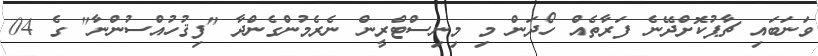
ވަނަބައި ޗާޕުކޮށްދޭނެ ފަރާތެއް ހޯދަން މި މިނިސްޓްރީން ނެރެމުންގެންދާ "ފިޤުހުއްސުންނާ" ގެ 04